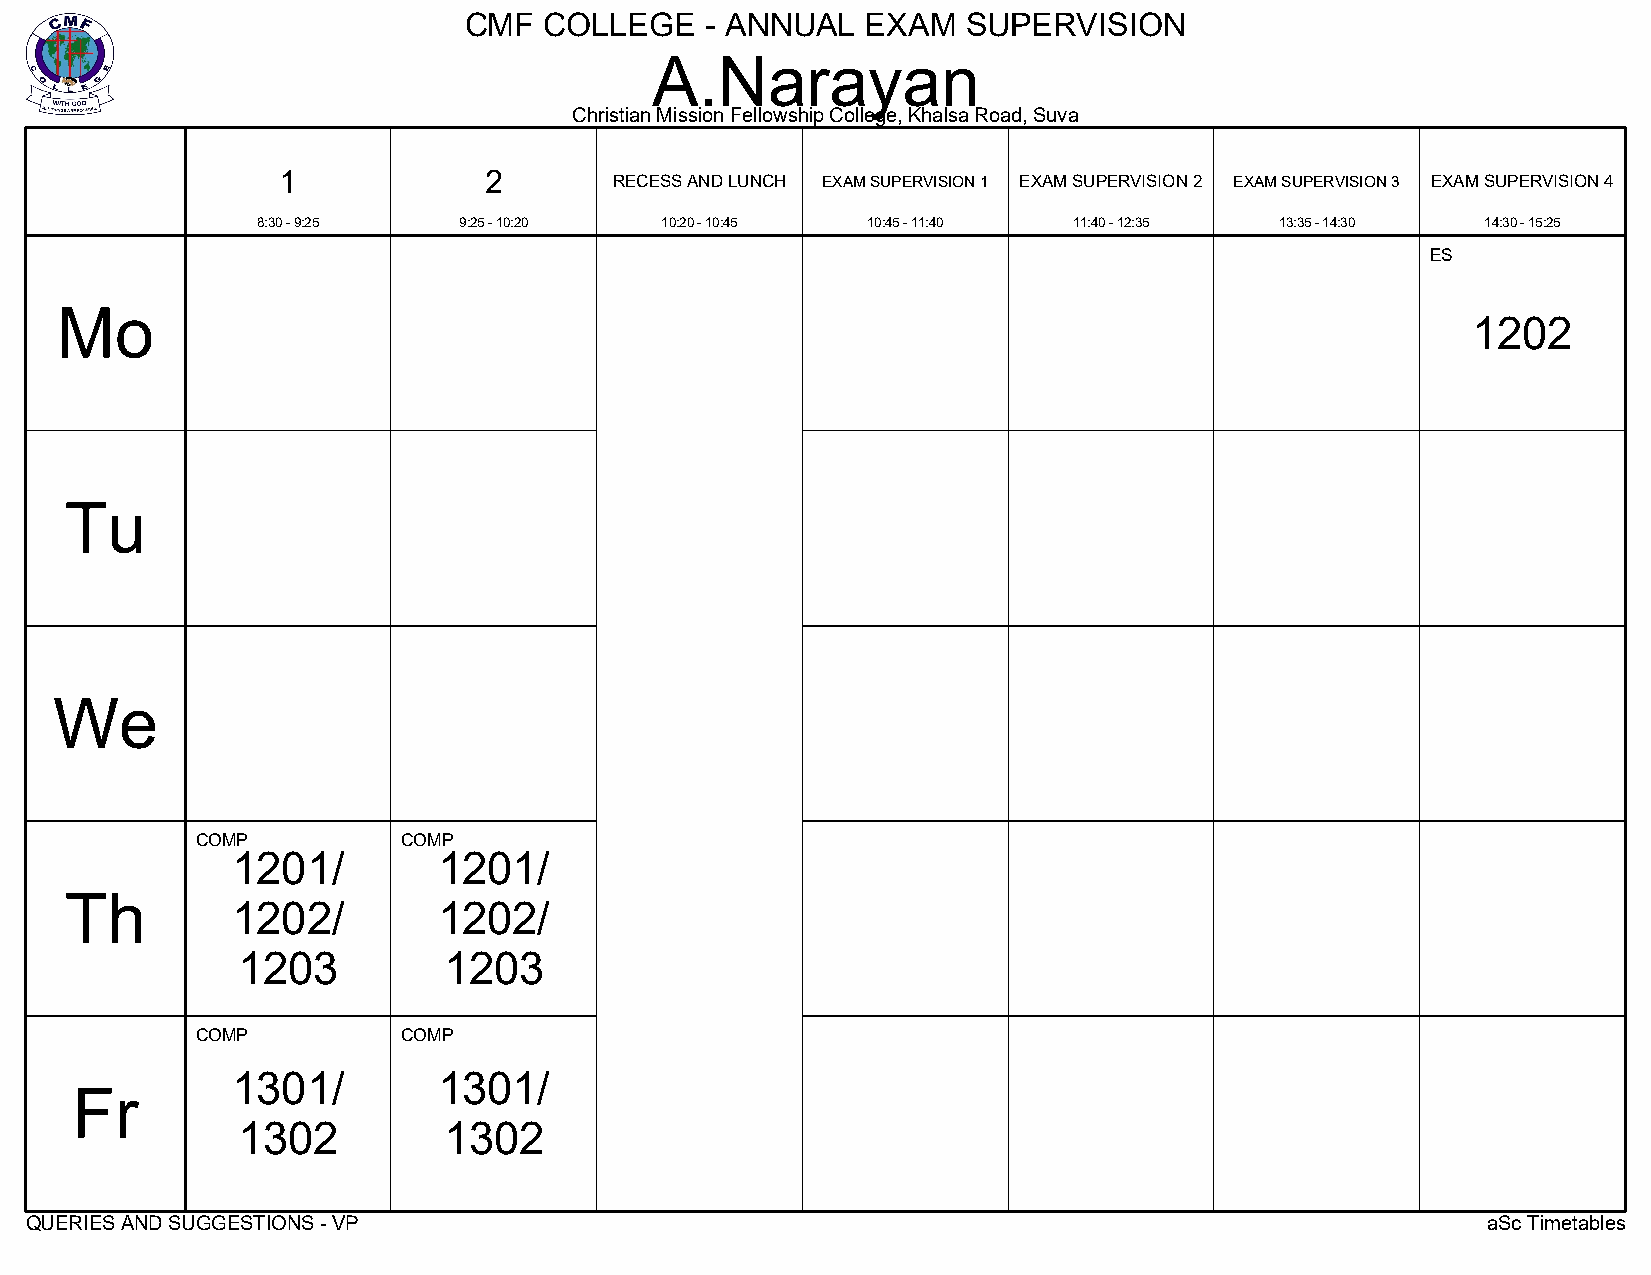
CMF  COLLEGE    - ANNUAL  EXAM   SUPERVISION
 A.Narayan
 Christian Mission Fellowship College, Khalsa Road, Suva
 1             2
 RECESS AND LUNCH EXAM SUPERVISION 1 EXAM SUPERVISION 2 EXAM SUPERVISION 3 EXAM SUPERVISION 4
 8:30 - 9:25  9:25 - 10:20  10:20 - 10:45 10:45 - 11:40 11:40 - 12:35 13:35 - 14:30 14:30 - 15:25
 ES
 Mo
 1202
 Tu
 We
 COMP          COMP
 1201/         1201/
 Th
 1202/         1202/
 1203         1203
 COMP          COMP
 1301/         1301/
 Fr
 1302         1302
 QUERIES AND SUGGESTIONS - VP                                                                    aSc Timetables